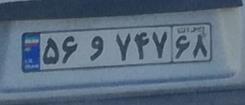
۵۶و۷۴۷۶۸